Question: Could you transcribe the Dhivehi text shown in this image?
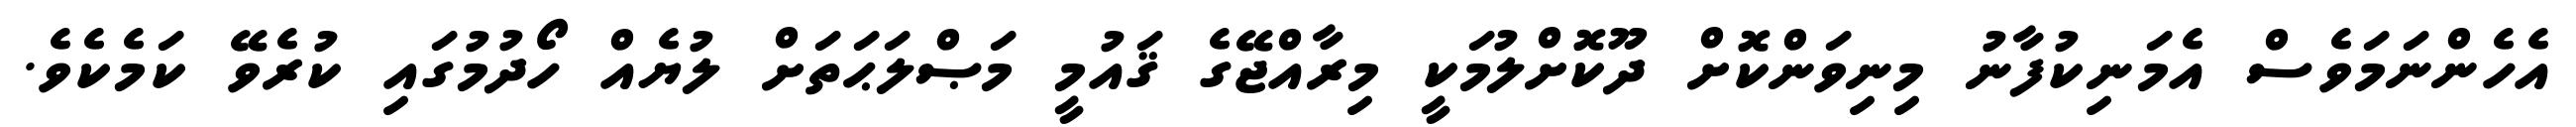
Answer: އެހެންނަމަވެސް އެމަނިކުފާނު މިނިވަންކޮށް ދޫކޮށްލުމަކީ މިރާއްޖޭގެ ޤައުމީ މަޞްލަޙަތަށް ލުޔެއް ހޯދުމުގައި ކުރެވޭ ކަމެކެވެ.